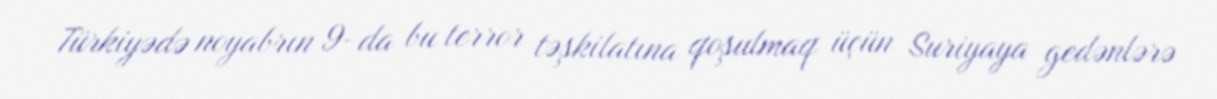
Türkiyədə noyabrın 9-da bu terror təşkilatına qoşulmaq üçün Suriyaya gedənlərə